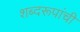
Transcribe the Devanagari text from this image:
शब्दरूपांची